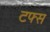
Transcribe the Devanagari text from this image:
टफ्स